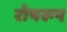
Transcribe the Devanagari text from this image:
रोषरूप